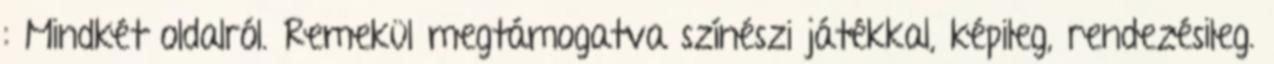
: Mindkét oldalról. Remekül megtámogatva színészi játékkal, képileg, rendezésileg.